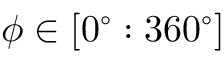
\phi \in [ 0 ^ { \circ } : 3 6 0 ^ { \circ } ]